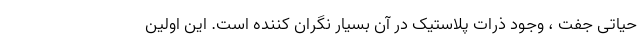
حیاتی جفت ، وجود ذرات پلاستیک در آن بسیار نگران کننده است. این اولین